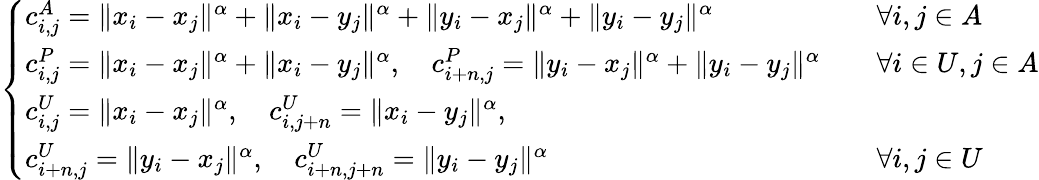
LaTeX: \left\{ \begin{array}{ll}{c_{i,j}^{A}=\| x_{i}-x_{j}\| ^{\alpha}+\| x_{i}-y_{j}\| ^{\alpha}+\| y_{i}-x_{j}\| ^{\alpha}+\| y_{i}-y_{j}\| ^{\alpha}\quad}&{\forall i,j\in A}\\ {c_{i,j}^{P}=\| x_{i}-x_{j}\| ^{\alpha}+\| x_{i}-y_{j}\| ^{\alpha},\quad c_{i+n,j}^{P}=\| y_{i}-x_{j}\| ^{\alpha}+\| y_{i}-y_{j}\| ^{\alpha}\quad}&{\forall i\in U,j\in A}\\ {c_{i,j}^{U}=\| x_{i}-x_{j}\| ^{\alpha},\quad c_{i,j+n}^{U}=\| x_{i}-y_{j}\| ^{\alpha},}&\\ {c_{i+n,j}^{U}=\| y_{i}-x_{j}\| ^{\alpha},\quad c_{i+n,j+n}^{U}=\| y_{i}-y_{j}\| ^{\alpha}\quad}&{\forall i,j\in U}\end{array}\right.